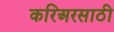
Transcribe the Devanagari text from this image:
करिअरसाठी